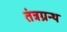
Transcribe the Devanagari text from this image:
तंत्रग्रन्थ